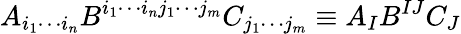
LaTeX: A_{i_{1}\cdots i_{n}}B^{i_{1}\cdots i_{n}j_{1}\cdots j_{m}}C_{j_{1}\cdots j_{m}}\equiv A_{I}B^{IJ}C_{J}